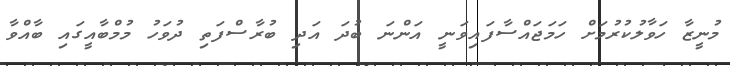
މުނީޒާ ހަވާލުކުރުމަށް ހަމަޖައްސާފައިވަނީ އަންނަ ބުދަ އަދި ބުރާސްފަތި ދުވަހު މުމްބާއީގައި ބާއްވާ